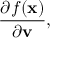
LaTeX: { \frac { \partial { f ( \mathbf { x } ) } } { \partial { \mathbf { v } } } } ,